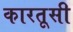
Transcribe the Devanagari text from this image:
कारतूसी